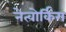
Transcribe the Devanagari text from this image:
नेत्वोर्किंग